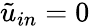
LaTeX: \tilde{u}_{in}=0